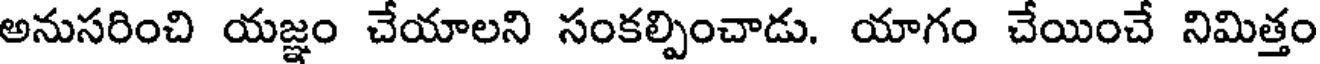
అనుసరించి యజ్ఞం చేయాలని సంకల్పించాడు. యాగం చేయించే నిమిత్తం